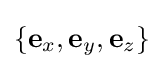
\{\mathbf {e} _{x},\mathbf {e} _{y},\mathbf {e} _{z}\}